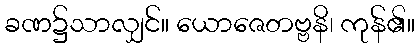
ခဏ၌သာလျှင်။ ယောဇေတဗ္ဗနိ၊ ကုန်၏။